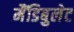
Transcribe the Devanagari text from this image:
मैंडिबुलेट